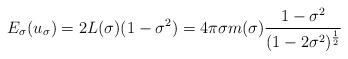
LaTeX: \begin{align*}E_\sigma(u_\sigma)=2L(\sigma)(1-\sigma^2)=4\pi\sigma m(\sigma)\frac{1-\sigma^2}{(1-2\sigma^2)^\frac{1}{2}}\end{align*}